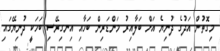
މިގޮތުން އަދުގެ ދުނިޔެ އަށް ބަލާއިރު މަންޑަރިން ބަހާއި އިނގިރޭސި ބަހަކީ ދުނިޔޭގައި